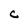
Character: c